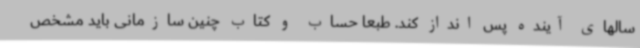
سالهای آینده پس انداز کند. طبعا حساب و کتاب چنین سازمانی باید مشخص